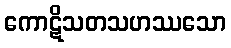
ကောဋိသတသဟဿသော